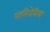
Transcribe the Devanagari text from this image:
पालिनेसिया